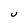
Character: U